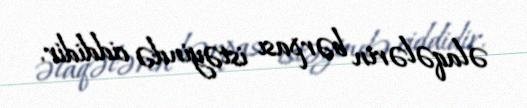
əlaqələrin bərpası istəyində ciddidir.